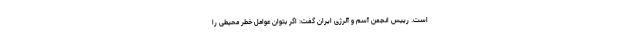
است. رییس انجمن آسم و آلرژی ایران گفت: اگر بتوان عوامل خطر محیطی را